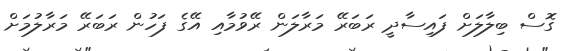
ގޮސް ބިލާލަށް ފައިސާދީ ރަބަރޭ މަރާލަން ރޭވުމާއި އޭގެ ފަހުން ރަބަރޭ މަރާލުމަށް